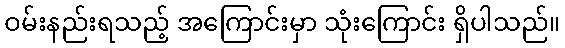
ဝမ်းနည်းရသည့် အကြောင်းမှာ သုံးကြောင်း ရှိပါသည်။